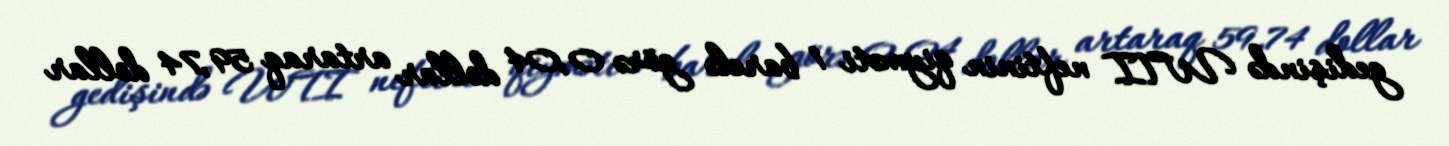
gedişində WTI neftinin qiyməti 1 barelə görə 0,04 dollar artaraq 59,74 dollar